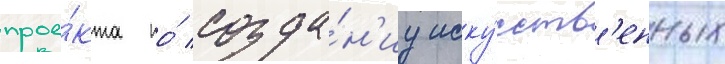
прое́кта по́ созда́н'иу иску́сств'енных